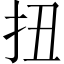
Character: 扭